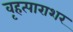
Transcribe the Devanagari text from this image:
वृहत्पाराशर